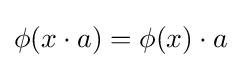
\phi (x\cdot a)=\phi (x)\cdot a